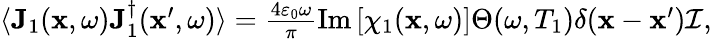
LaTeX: \begin{array}{r}{\langle\mathbf{J}_{1}(\mathbf{x},\omega)\mathbf{J}_{1}^{\dagger}(\mathbf{x}^{\prime},\omega)\rangle=\frac{4\varepsilon_{0}\omega}{\pi}\operatorname{Im}\left[\chi_{1}(\mathbf{x},\omega)\right]\Theta(\omega,T_{1})\delta(\mathbf{x}-\mathbf{x}^{\prime})\mathcal{I},}\end{array}